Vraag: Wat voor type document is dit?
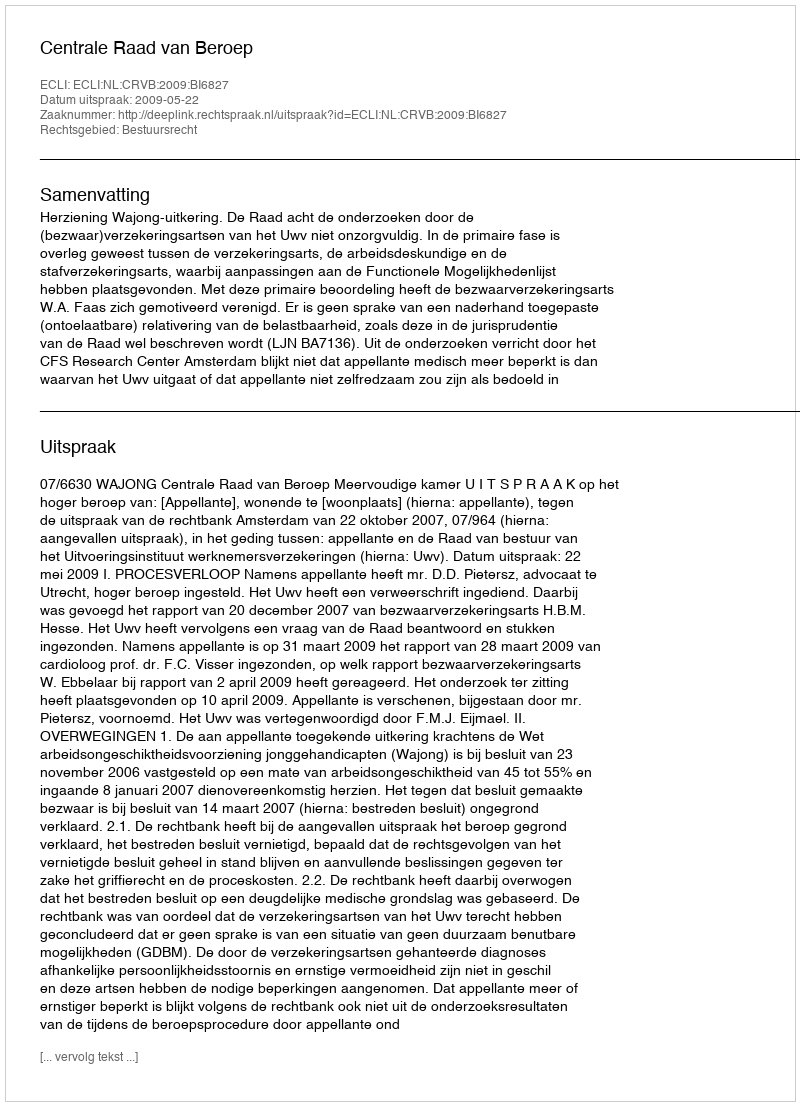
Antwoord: Uitspraak